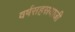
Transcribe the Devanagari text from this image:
वर्षसहस्रयाजी